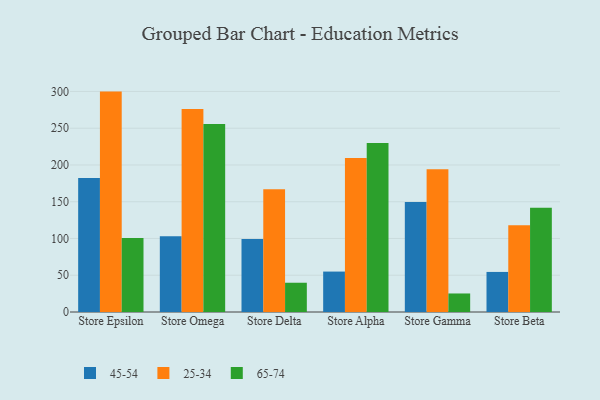
{"axis": {"x": "Store", "y": "Page Views"}, "legend": ["25-34", "45-54", "65-74"], "data": [{"x": "Store Epsilon", "y": 182.2, "type": "45-54"}, {"x": "Store Epsilon", "y": 299.8, "type": "25-34"}, {"x": "Store Epsilon", "y": 100.8, "type": "65-74"}, {"x": "Store Omega", "y": 103.1, "type": "45-54"}, {"x": "Store Omega", "y": 276.3, "type": "25-34"}, {"x": "Store Omega", "y": 255.7, "type": "65-74"}, {"x": "Store Delta", "y": 99.4, "type": "45-54"}, {"x": "Store Delta", "y": 167.0, "type": "25-34"}, {"x": "Store Delta", "y": 39.8, "type": "65-74"}, {"x": "Store Alpha", "y": 55.0, "type": "45-54"}, {"x": "Store Alpha", "y": 209.5, "type": "25-34"}, {"x": "Store Alpha", "y": 230.0, "type": "65-74"}, {"x": "Store Gamma", "y": 149.6, "type": "45-54"}, {"x": "Store Gamma", "y": 194.1, "type": "25-34"}, {"x": "Store Gamma", "y": 25.2, "type": "65-74"}, {"x": "Store Beta", "y": 54.5, "type": "45-54"}, {"x": "Store Beta", "y": 117.9, "type": "25-34"}, {"x": "Store Beta", "y": 141.8, "type": "65-74"}]}